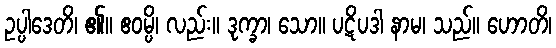
ဥပ္ပါဒေတိ၊ ၏။ ဧဝမ္ပိ၊ လည်း။ ဒုက္ခာ၊ သော။ ပဋိပဒါ နာမ၊ သည်။ ဟောတိ၊